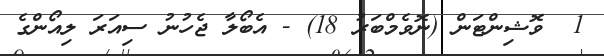
1  ވޮޝިންޓަން (ނޮވެމްބަރު 18) - އެބޯލާ ޖެހުނު ސިއަރަ ލިއޯންގެ